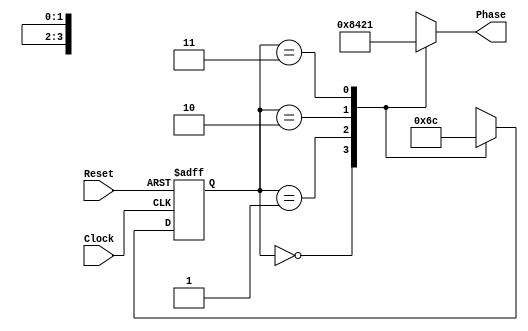

// Verilog Behavioural model for four phase clock
// It sends an output/clock to every phase/port alternatively .i.e., it will send it one at a time in cycle

module FourPhaseClock ( Clock, Reset, Phase );

		input Clock, Reset; // sets output to state 0 as soon as the reset is pressed
		output reg [0:3] Phase; // least significant bit to the most signigicant bit (0001 means 8 and 1000 means 1)

		parameter S0 = 2'b00, S1 = 2'b01, S2 = 2'b10, S3 = 2'b11;
		
		reg [1:0] state, nextstate;
		
		always @ (posedge Clock, negedge Reset)
		begin
		
			if (Reset == 1'b0) state <= S0;
			else state <= nextstate;
			
		end
		
		always @ (state)
		begin
		
			case(state)
				S0: begin Phase = 4'b1000; nextstate = S1; end
				S1: begin Phase = 4'b0100; nextstate = S2; end
				S2: begin Phase = 4'b0010; nextstate = S3; end
				S3: begin Phase = 4'b0001; nextstate = S0; end
			endcase
			
		end
		
endmodule